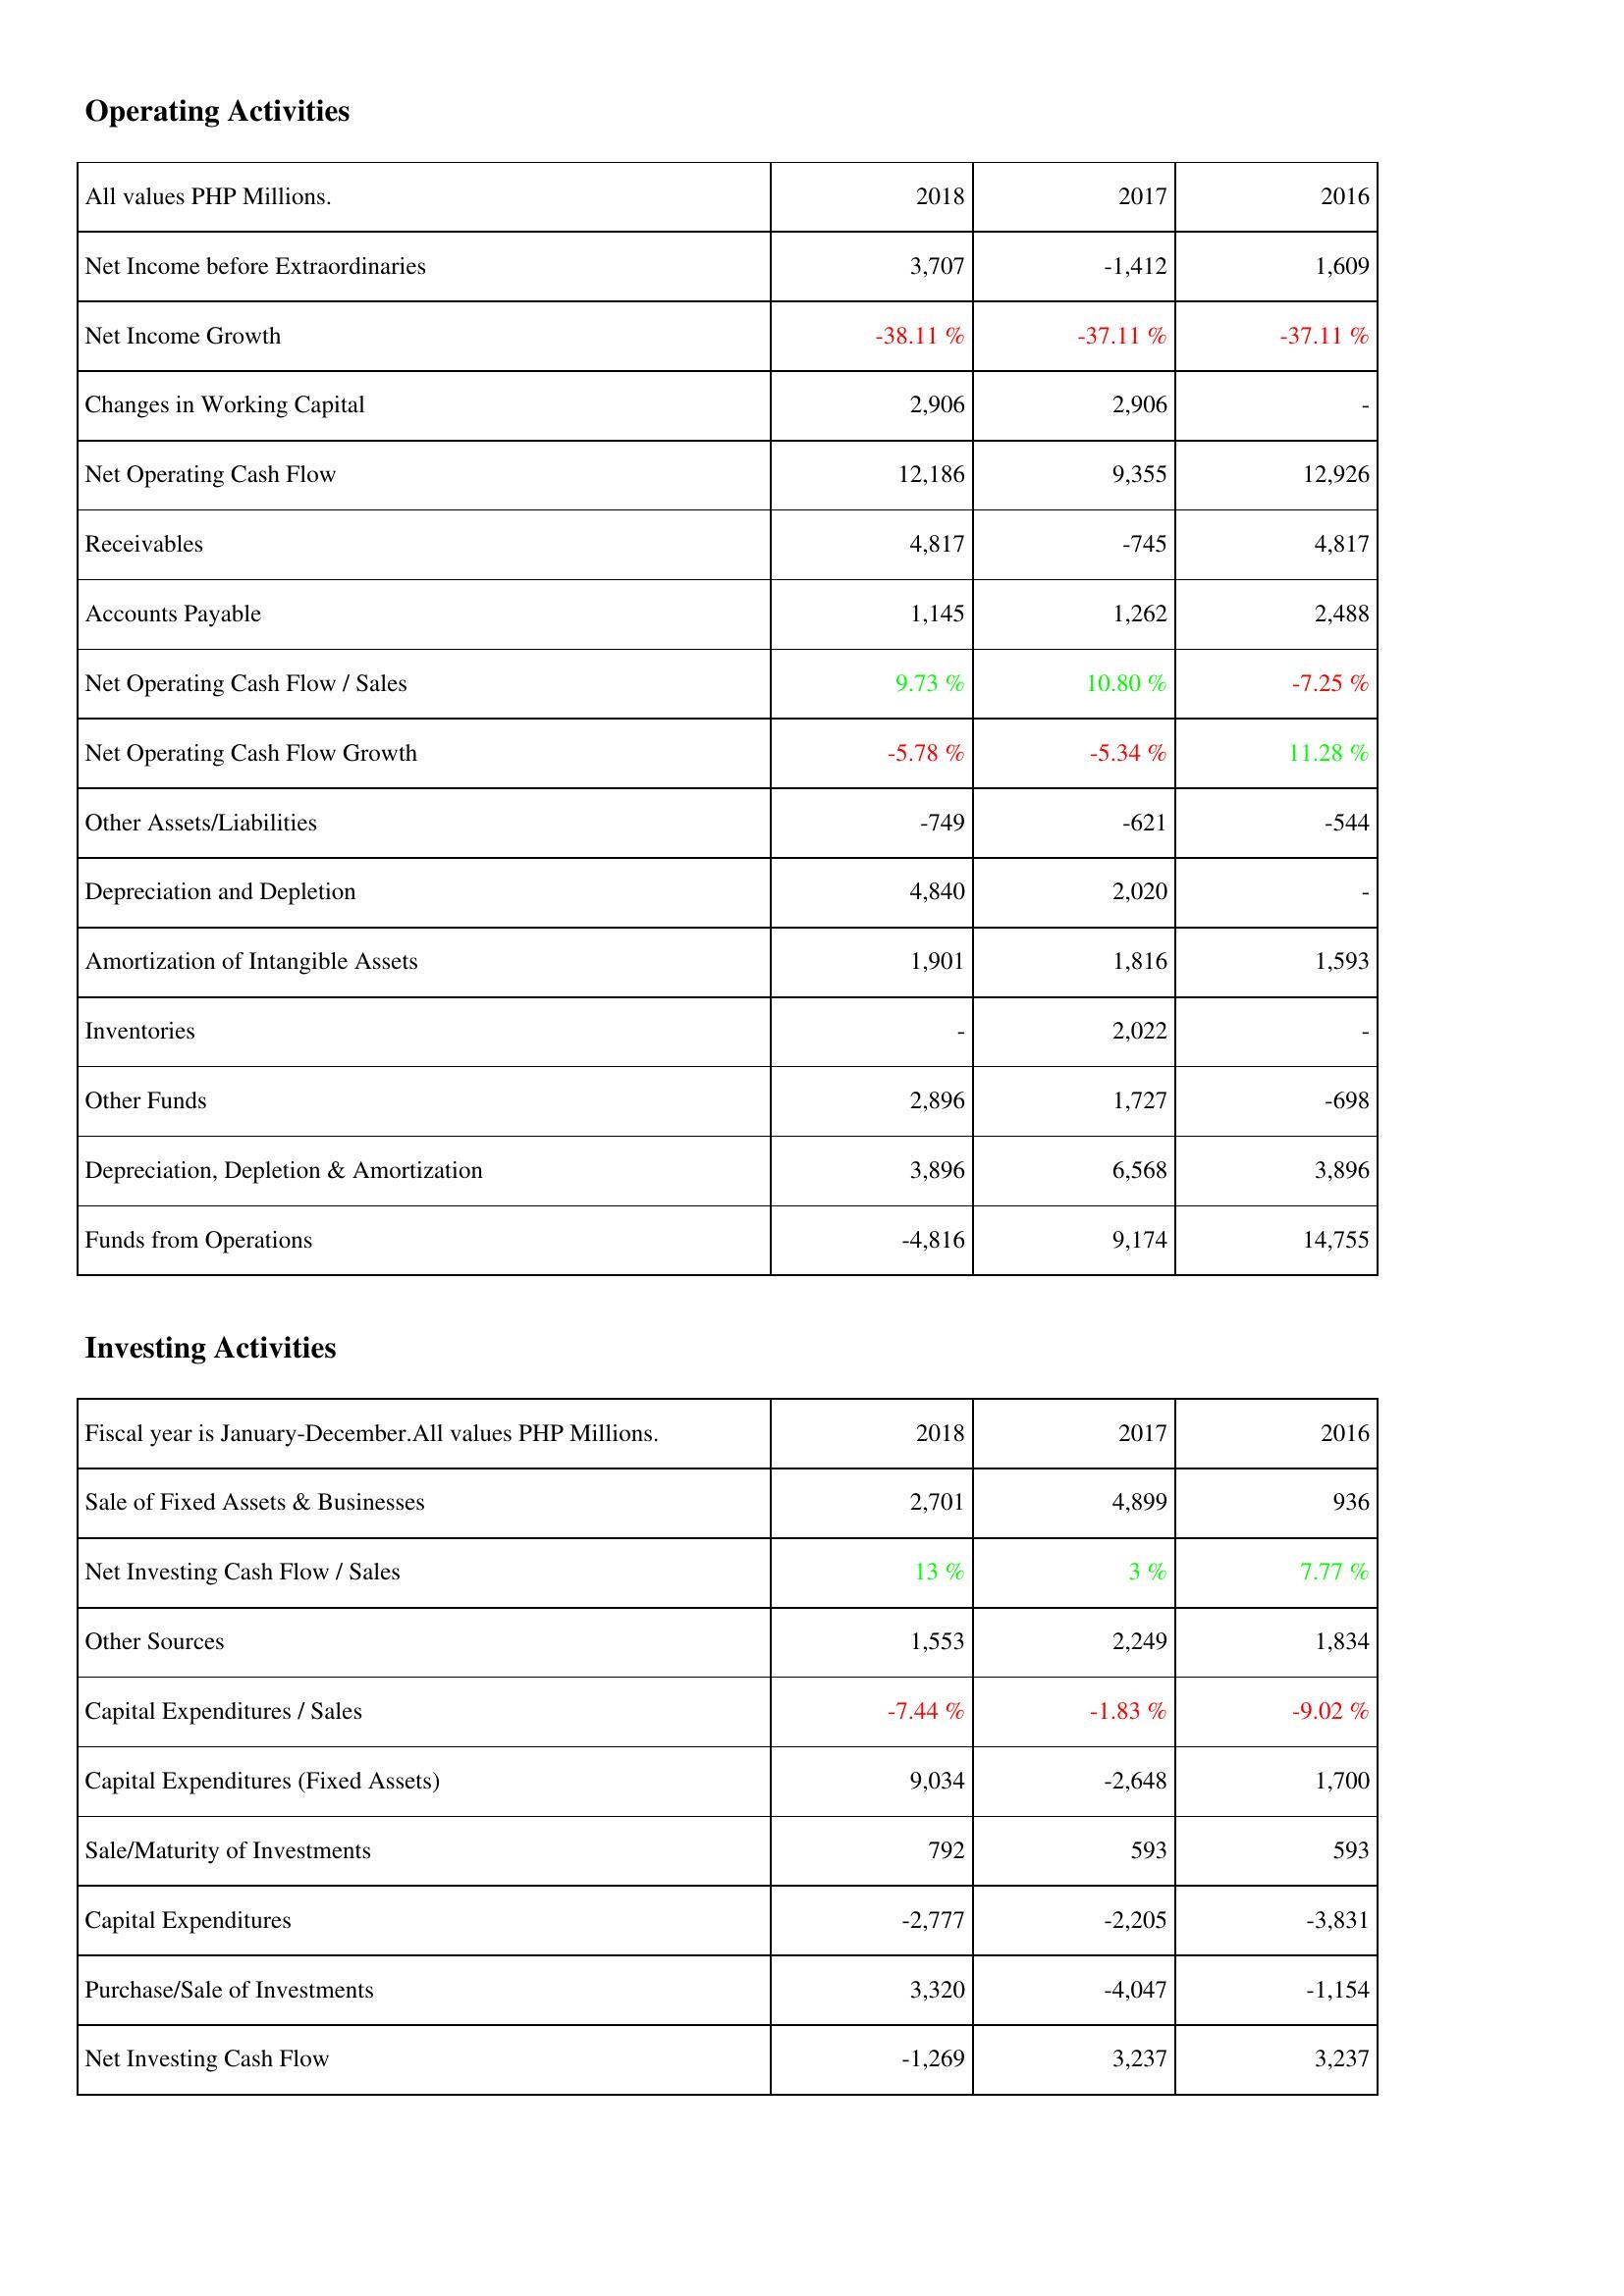
2018: Operating Activities: Net Income before Extraordinaries: 3,707
Net Income Growth: -38.11 %
Changes in Working Capital: 2,906
Net Operating Cash Flow: 12,186
Receivables: 4,817
Accounts Payable: 1,145
Net Operating Cash Flow / Sales: 9.73 %
Net Operating Cash Flow Growth: -5.78 %
Other Assets/Liabilities: -749
Depreciation and Depletion: 4,840
Amortization of Intangible Assets: 1,901
Inventories: -
Other Funds: 2,896
Depreciation, Depletion & Amortization: 3,896
Funds from Operations: -4,816
Investing Activities: Sale of Fixed Assets & Businesses: 2,701
Net Investing Cash Flow / Sales: 13 %
Other Sources: 1,553
Capital Expenditures / Sales: -7.44 %
Capital Expenditures (Fixed Assets): 9,034
Sale/Maturity of Investments: 792
Capital Expenditures: -2,777
Purchase/Sale of Investments: 3,320
Net Investing Cash Flow: -1,269
2017: Operating Activities: Net Income before Extraordinaries: -1,412
Net Income Growth: -37.11 %
Changes in Working Capital: 2,906
Net Operating Cash Flow: 9,355
Receivables: -745
Accounts Payable: 1,262
Net Operating Cash Flow / Sales: 10.80 %
Net Operating Cash Flow Growth: -5.34 %
Other Assets/Liabilities: -621
Depreciation and Depletion: 2,020
Amortization of Intangible Assets: 1,816
Inventories: 2,022
Other Funds: 1,727
Depreciation, Depletion & Amortization: 6,568
Funds from Operations: 9,174
Investing Activities: Sale of Fixed Assets & Businesses: 4,899
Net Investing Cash Flow / Sales: 3 %
Other Sources: 2,249
Capital Expenditures / Sales: -1.83 %
Capital Expenditures (Fixed Assets): -2,648
Sale/Maturity of Investments: 593
Capital Expenditures: -2,205
Purchase/Sale of Investments: -4,047
Net Investing Cash Flow: 3,237
2016: Operating Activities: Net Income before Extraordinaries: 1,609
Net Income Growth: -37.11 %
Changes in Working Capital: -
Net Operating Cash Flow: 12,926
Receivables: 4,817
Accounts Payable: 2,488
Net Operating Cash Flow / Sales: -7.25 %
Net Operating Cash Flow Growth: 11.28 %
Other Assets/Liabilities: -544
Depreciation and Depletion: -
Amortization of Intangible Assets: 1,593
Inventories: -
Other Funds: -698
Depreciation, Depletion & Amortization: 3,896
Funds from Operations: 14,755
Investing Activities: Sale of Fixed Assets & Businesses: 936
Net Investing Cash Flow / Sales: 7.77 %
Other Sources: 1,834
Capital Expenditures / Sales: -9.02 %
Capital Expenditures (Fixed Assets): 1,700
Sale/Maturity of Investments: 593
Capital Expenditures: -3,831
Purchase/Sale of Investments: -1,154
Net Investing Cash Flow: 3,237